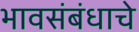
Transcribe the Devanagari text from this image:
भावसंबंधाचे